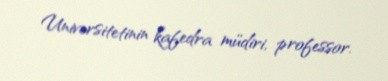
Universitetinin kafedra müdiri, professor.